Lunatic asylums Punjab 1868-1880 - 1868-1880
Year: 1868
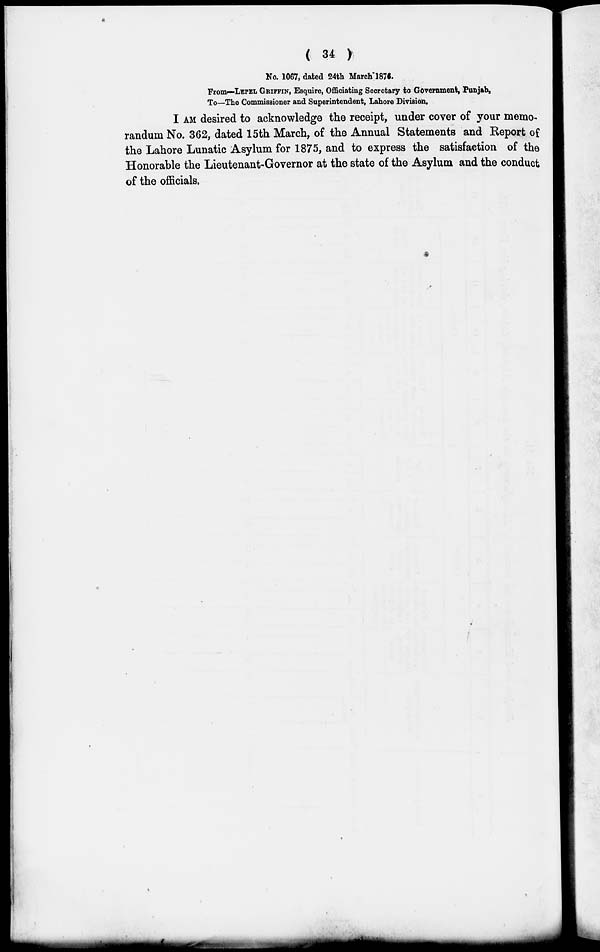
( 34 )
No. 1067, dated 24th March 1876.
From—LEPEL GRIFFIN, Esquire, Officiating Secretary to Government, Punjab,
To—The Commissioner and Superintendent, Lahore Division.
I AM desired to acknowledge the receipt, under cover of your memo-
randum No. 362, dated 15th March, of the Annual Statements and Report of
the Lahore Lunatic Asylum for 1875, and to express the satisfaction of the
Honorable the Lieutenant-Governor at the state of the Asylum and the conduct
of the officials.